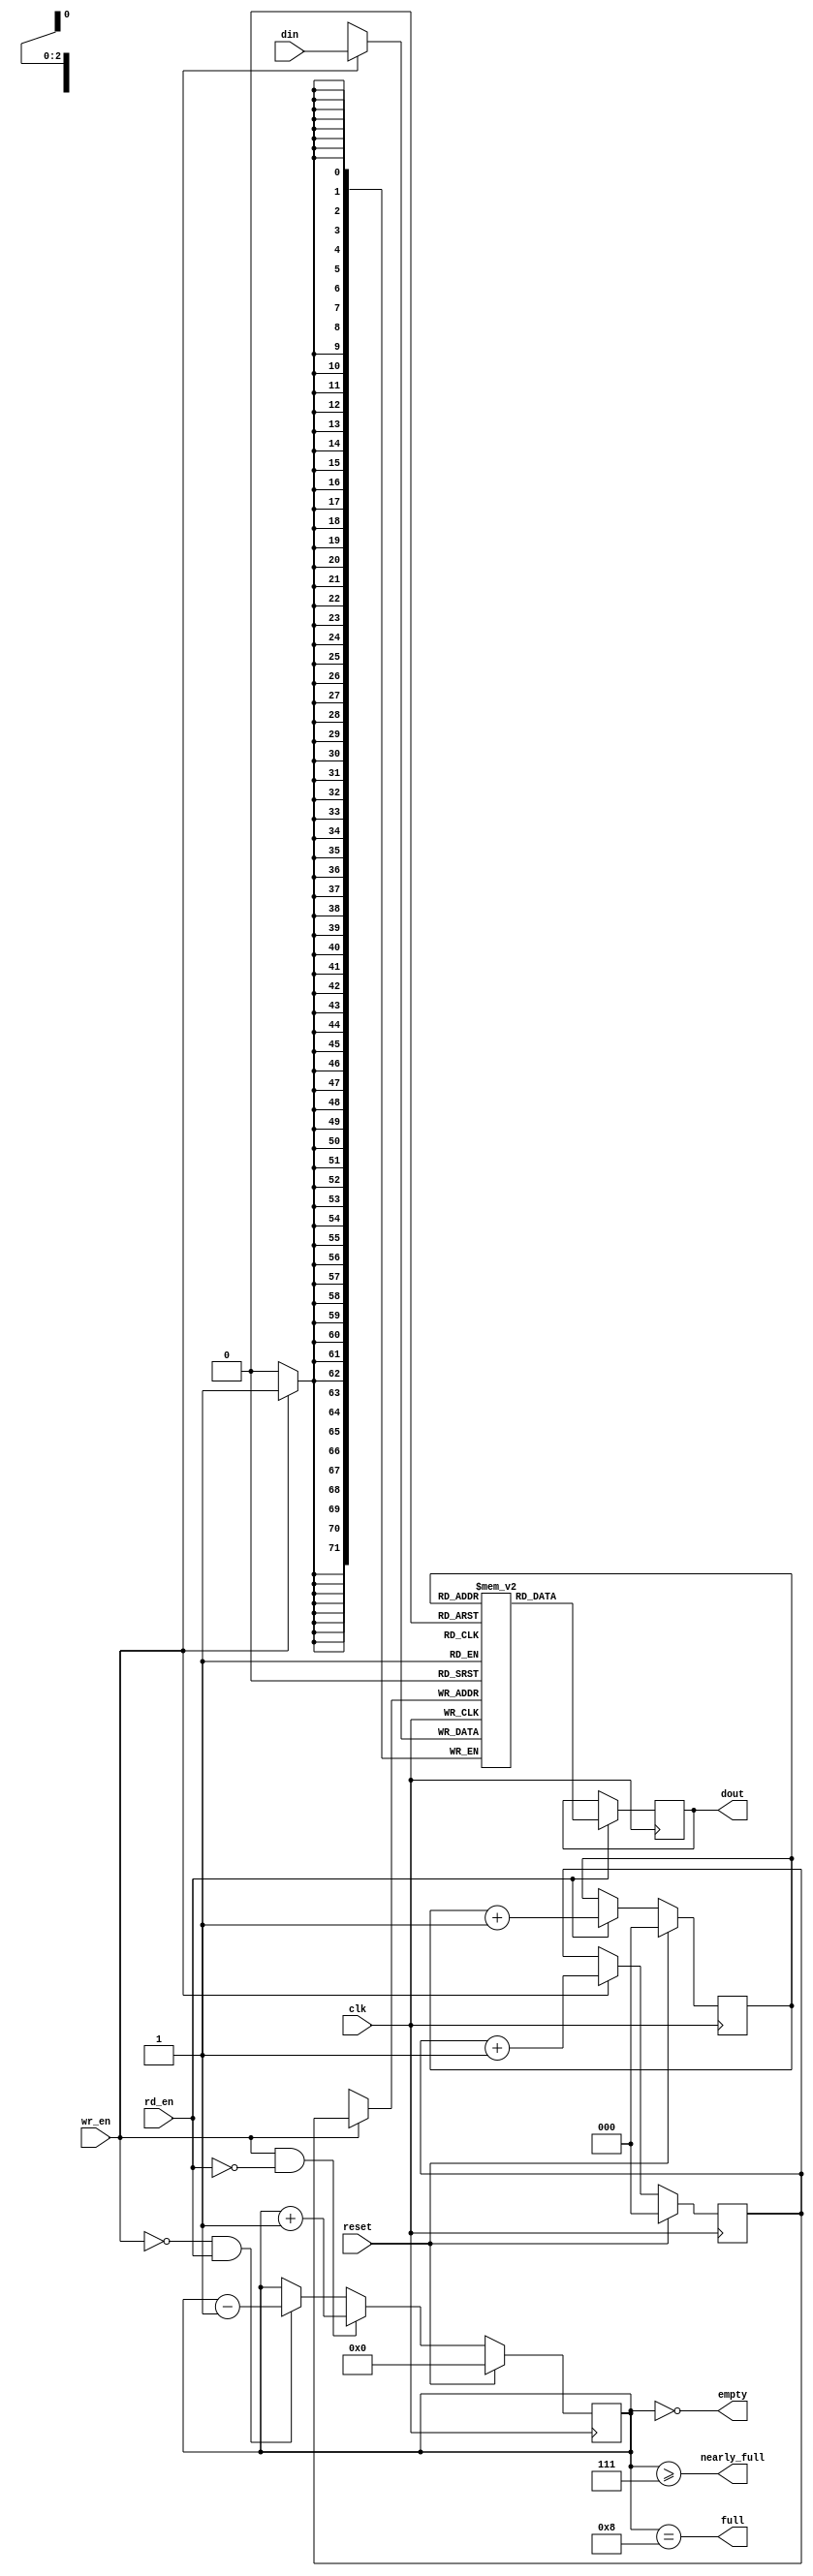
///////////////////////////////////////////////////////////////////////////////
// $Id: small_fifo.v 5205 2009-03-08 18:54:46Z grg $
//
// Module: small_fifo.v
// Project: UNET
// Description: small fifo with no fallthrough i.e. data valid after rd is high
//
// Change history:
//   7/20/07 -- Set nearly full to 2^MAX_DEPTH_BITS - 1 by default so that it
//              goes high a clock cycle early.
//
///////////////////////////////////////////////////////////////////////////////
`timescale 1ns/1ps

  module small_fifo_v1
    #(parameter WIDTH = 72,
      parameter MAX_DEPTH_BITS = 3,
      parameter NEARLY_FULL = 2**MAX_DEPTH_BITS - 1)
    (

     input [WIDTH-1:0] din,     // Data in
     input          wr_en,   // Write enable

     input          rd_en,   // Read the next word

     output reg [WIDTH-1:0]  dout,    // Data out
     output         full,
     output         nearly_full,
     output         empty,

     input          reset,
     input          clk
     );


parameter MAX_DEPTH        = 2 ** MAX_DEPTH_BITS;

reg [WIDTH-1:0] queue [MAX_DEPTH - 1 : 0];
reg [MAX_DEPTH_BITS - 1 : 0] rd_ptr;
reg [MAX_DEPTH_BITS - 1 : 0] wr_ptr;
reg [MAX_DEPTH_BITS : 0] depth;

// Sample the data
always @(posedge clk)
begin
   if (wr_en)
      queue[wr_ptr] <= din;
   if (rd_en)
      dout <=
	      // synthesis translate_off
	      #1
	      // synthesis translate_on
	      queue[rd_ptr];
end

always @(posedge clk)
begin
   if (reset) begin
      rd_ptr <= 'h0;
      wr_ptr <= 'h0;
      depth  <= 'h0;
   end
   else begin
      if (wr_en) wr_ptr <= wr_ptr + 'h1;
      if (rd_en) rd_ptr <= rd_ptr + 'h1;
      if (wr_en & ~rd_en) depth <=
				   // synthesis translate_off
				   #1
				   // synthesis translate_on
				   depth + 'h1;
      else if (~wr_en & rd_en) depth <=
				   // synthesis translate_off
				   #1
				   // synthesis translate_on
				   depth - 'h1;
   end
end

//assign dout = queue[rd_ptr];
assign full = depth == MAX_DEPTH;
assign nearly_full = depth >= NEARLY_FULL;
assign empty = depth == 'h0;

// synthesis translate_off
always @(posedge clk)
begin
   if (wr_en && depth == MAX_DEPTH && !rd_en)
      $display($time, " ERROR: Attempt to write to full FIFO: %m");
   if (rd_en && depth == 'h0)
      $display($time, " ERROR: Attempt to read an empty FIFO: %m");
end
// synthesis translate_on

endmodule // small_fifo


/* vim:set shiftwidth=3 softtabstop=3 expandtab: */